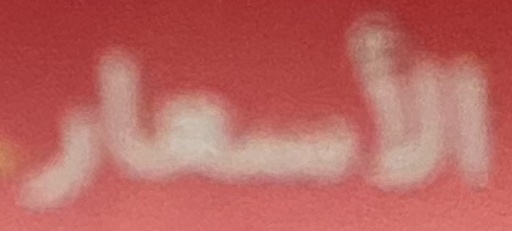
الأسعار